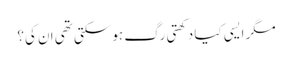
مگر ایسی کیا دکھتی رگ ہو سکتی تھی ان کی؟